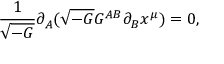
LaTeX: \frac { 1 } { \sqrt { - G } } \partial _ { A } ( \sqrt { - G } G ^ { A B } \partial _ { B } x ^ { \mu } ) = 0 ,